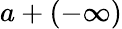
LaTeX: a+(-\infty)